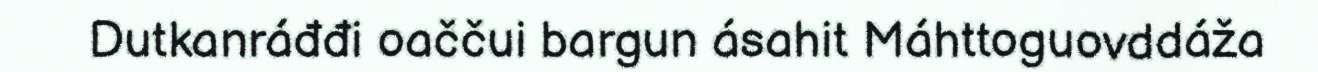
Dutkanráđđi oaččui bargun ásahit Máhttoguovddáža